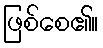
ဖြစ်စေ၏။